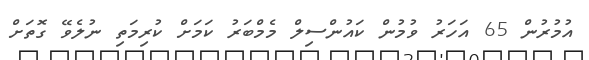
އުމުރުން 65 އަހަރު ވުމުން ކައުންސިލް މެމްބަރު ކަމަށް ކުރިމަތި ނުލެވޭ ގޮތަށް